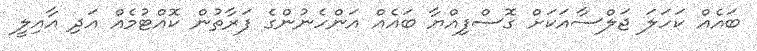
ބައެއް ކަހަލަ ޖަލްސާއަކަށް ގޮސްފިއްޔާ ބައެއް އަންހެނުންގެ ފަރާތުން ކޮއްޓުމެއް އަދި އާއިލީ